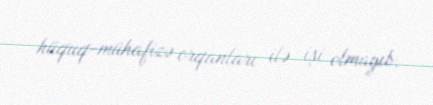
hüquq-mühafizə orqanları ilə işi olmayıb.